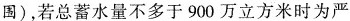
围)，若总蓄水量不多于900万立方米时为严